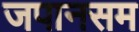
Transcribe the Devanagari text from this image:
जपानसम